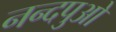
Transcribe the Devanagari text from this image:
नन्दपुओ